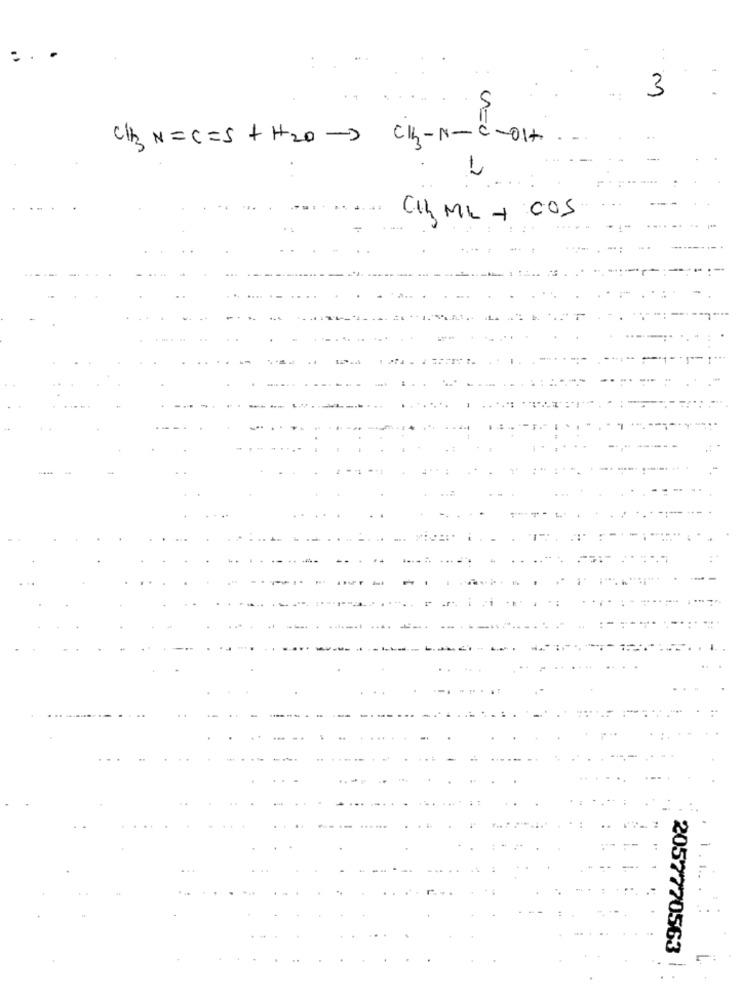
:
3
CH3 N=C=S +H2O- CI-N-C-01.
1
CI ML + COS
1.1. . :
2057770563
1: